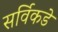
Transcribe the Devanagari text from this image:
सर्विकडे